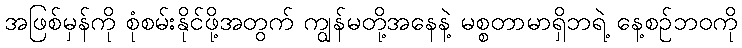
အဖြစ်မှန်ကို စုံစမ်းနိုင်ဖို့အတွက် ကျွန်မတို့အနေနဲ့ မစ္စတာမာရှိဘရဲ့ နေ့စဉ်ဘဝကို